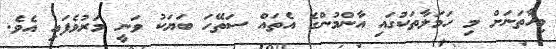
މިހާތަނަށް މި ހަމަލާތަކުގައި އާންމުންގެ އެތައް ސަތޭހަ ބަޔަކު ވަނީ މަރުވެފައި އެވެ.